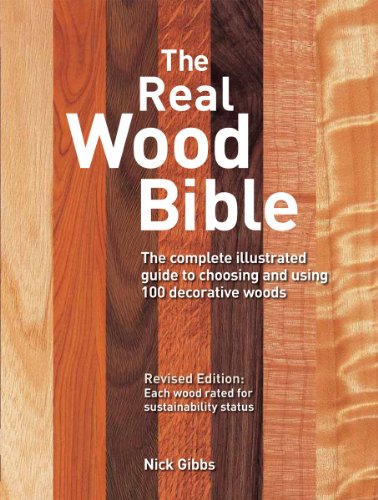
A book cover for The Real Wood Bible: The Complete Illustrated Guide to Choosing and Using 100 Decorative Woods; Nick Gibbs; Science & Math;